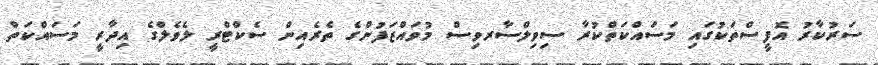
ސަރުކާރު އޮފީސްތަކުގައި މަސައްކަތްކުރާ ސިވިލްސާރވިސް މުވައްޒަފުންގެ ތެރެއިން ސެކްޓްރީ ލެވެލްގެ އިދާރީ މަސައްކަތް